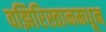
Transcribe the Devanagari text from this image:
वझिरिस्तानमधून